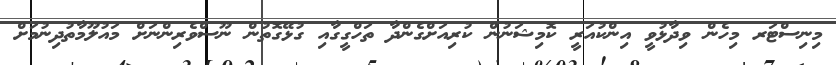
މިނިސްޓަރ މިހެން ވިދާޅުވީ އިންކުއަރީ ކޮމިޝަނުން ކުރިއަށްގެންދާ ތަހްގީގާއި ގުޅޭގޮތުން ނޫސްވެރިންނަށް މައުލޫމާތުދިނުމަށް